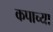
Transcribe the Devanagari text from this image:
कपाच्या